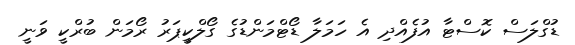
ޑުގްލަސް ކޮސްޓާ އުފެއްދި އެ ހަމަލާ ޑޯޓްމަންޑުގެ ގޯލްކީޕަރު ރޯމަން ބުރްކީ ވަނީ